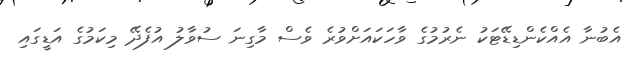
އެބުނާ އެއްކެންޑިޑޭޓަކު ނެރުމުގެ ވާހަކައަށްވުރެ ވެސް މާގިނަ ސުވާލު އުފެދޭ މިކަމުގެ އަޑީގައި